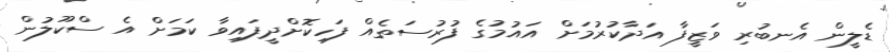
ޑެލީން އެނބުރި ވަޒީފާ އަދާކުރުމަށް އައުމުގެ ފުރުސަތެއް ފަހިކޮށްދީފައިވާ ކަމަށް އެ ސްކޫލުން